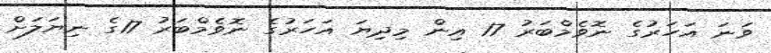
ވަނަ އަހަރުގެ ނޮވެމްބަރު 17 އިން މިދިޔަ އަހަރުގެ ނޮވެމްބަރު 17ގެ ނިޔަލަށް